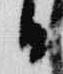
日